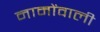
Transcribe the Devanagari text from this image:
नामोंवाली